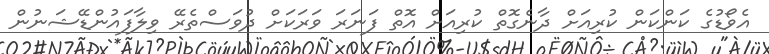
އެވޯޑުގެ ކަންކަން ކުރިއަށް ދާނެގޮތް ކުރިއަށް އޮތް ފަނަރަ ވަރަކަށް ދުވަސްތެރޭ ވިލާފައުންޑޭޝަނުން